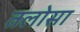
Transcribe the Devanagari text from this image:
तलोसा